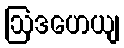
ဩဒဟေယျ